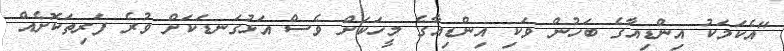
"އެކަމަކު އިންޑިއާގެ ބަހުން ވަކި އިންޑިއާގެ މީހަކަށް ވެސް އަޅުގަނޑަކަށް ވުރެ ފަރިތަކޮށެއް